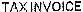
TAX INVOICE